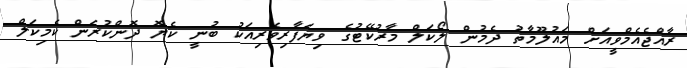
ރާއްޖެއެމްވީއަށް މައުލޫމާތު ދެމުން ލޯކަލް މާރުކޭޓުގެ ވިޔަފާރިވެރިއަކު ބުނީ ކެޔޮ ދޮންކުރަން ކެމިކަލް